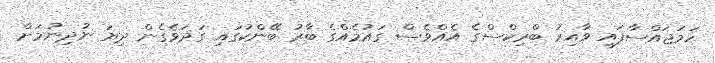
ހަމަޖައްސާފައި ވާއިރު ބްރިކްސްގެ އެއްވެސް ގައުމެއްގެ ބާރު ބޭންކުގައި ގަދަވެގެން ދިޔަ ނުދިނުމަށް